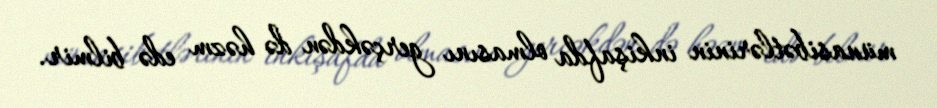
münasibətlərinin inkişafda olmasını gerçəkdən də həzm edə bilmir.